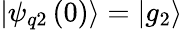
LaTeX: \left|\psi_{q2}\left(0\right)\right\rangle=\left|g_{2}\right\rangle